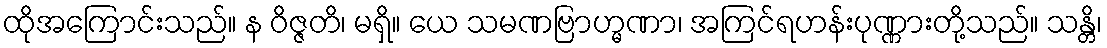
ထိုအကြောင်းသည်။ န ဝိဇ္ဇတိ၊ မရှိ။ ယေ သမဏဗြာဟ္မဏာ၊ အကြင်ရဟန်းပုဏ္ဏားတို့သည်။ သန္တိ၊